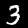
Label: 3